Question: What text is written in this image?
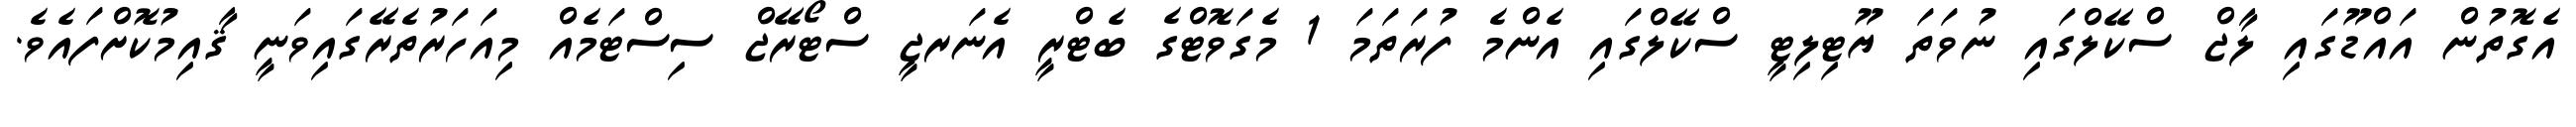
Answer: އެގޮތުން އައްޑޫގައި ލާޖް ސްކޭލްގައި ނުވަތަ ޔޫޓިލިޓީ ސްކޭލްގައި އެންމެ ފުރަތަމަ 1 މެގަވޮޓްގެ ބެޓްރީ އެނަރޖީ ސްޓޯރޭޖް ސިސްޓަމެއް މިއަހަރުތެރޭގައިވަނީ ޤާއިމުކޮށްފައެވެ.